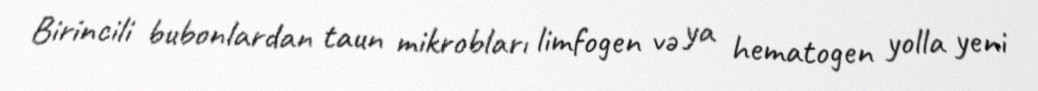
Birincili bubonlardan taun mikrobları limfogen və ya hematogen yolla yeni